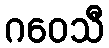
ဂဝေသီ